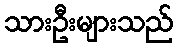
သားဦးများသည်